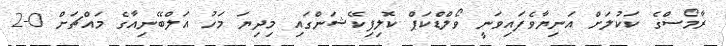
ރާމޯސްގެ ކަކުލަށް އަނިޔާވެފައިވަނީ ވޯލްޑްކަޕް ކޮލިފިކޭޝަންގައި މިދިޔަ މަހު އަލްބޭނިއާގެ މައްޗަށް 0-2